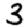
Digit: 3